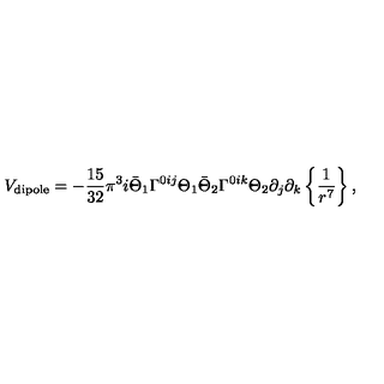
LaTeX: V _ { \mathrm { d i p o l e } } = - { \frac { 1 5 } { 3 2 } } \pi ^ { 3 } i \bar { \Theta } _ { 1 } \Gamma ^ { 0 i j } \Theta _ { 1 } \bar { \Theta } _ { 2 } \Gamma ^ { 0 i k } \Theta _ { 2 } \partial _ { j } \partial _ { k } \left\{ { \frac { 1 } { r ^ { 7 } } } \right\} ,